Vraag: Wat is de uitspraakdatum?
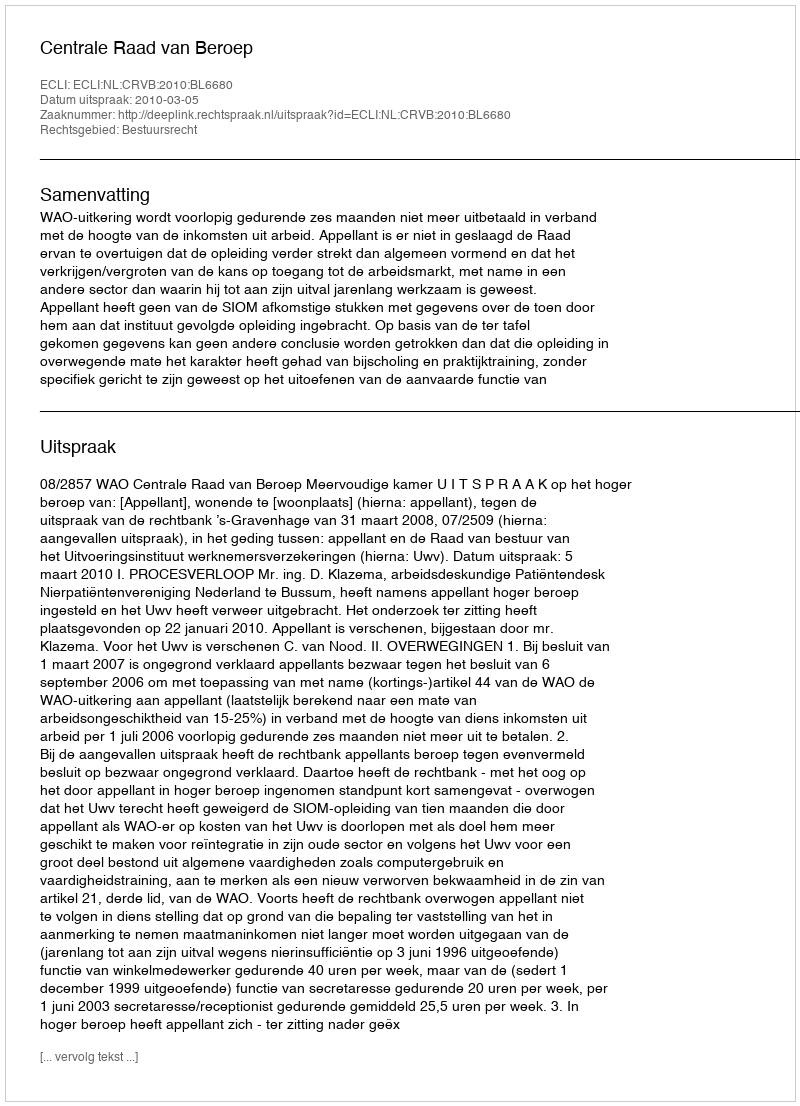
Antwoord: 2010-03-05